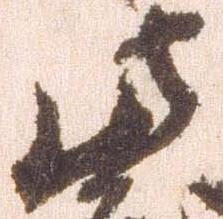
此